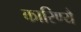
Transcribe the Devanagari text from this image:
कारिण्यै